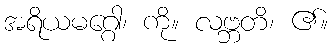
အရိယမဂ္ဂေါ၊ ကို။ လဗ္ဘတိ၊ ၏။